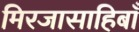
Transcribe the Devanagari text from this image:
मिरजासाहिबाँ